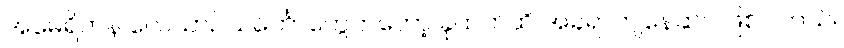
အမေရိကန် လေယာဥ်သင်္ဘောတွေကတော့ ခုထက်ထိ အခရာကျနေဆဲပဲ ဖြစ်ပါတယ်။